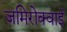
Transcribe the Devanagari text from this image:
जमिरोक्वाई